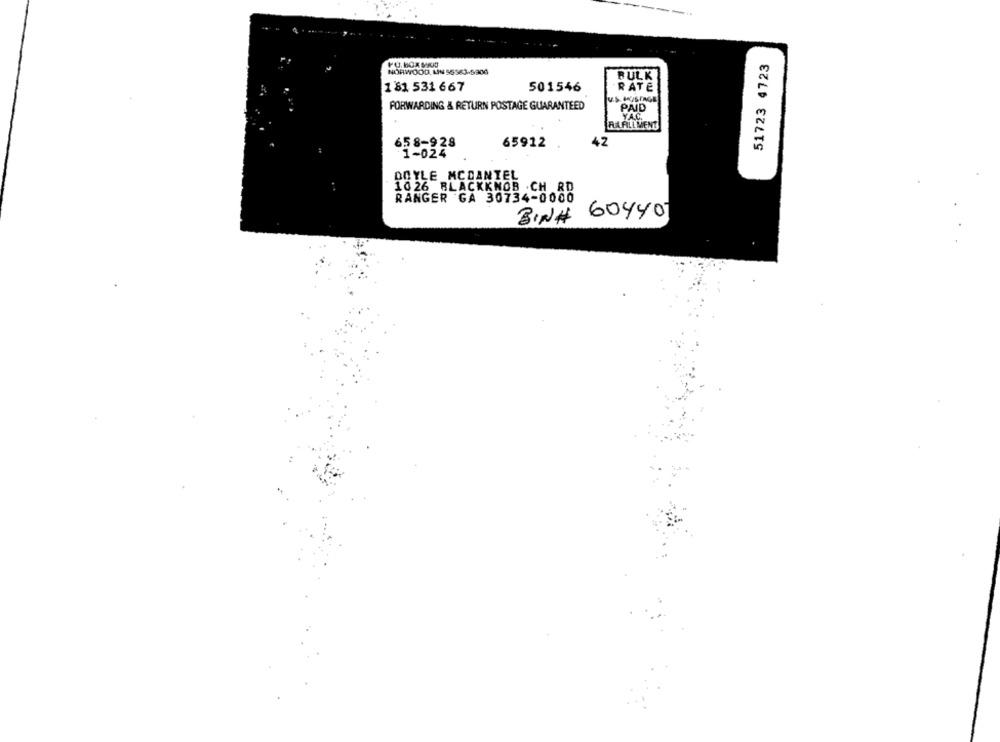
51723 4723
NORWOOD, MIN 55563-5906
BULK
1 81 531 667
501546
RATE
FORWARDING & RETURN POSTAGE GUARANTEED
PAID
YAC
RAALIMENT
42
658-928
65912 .
1-024
DOYLE MCDANIEL
1026 BLACKKNOB CH RD
RANGER GA 30734-0000
60440
BIN#